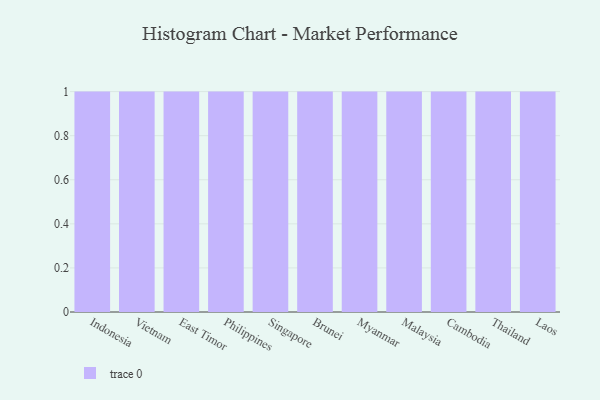
{"axis": {"x": "Country", "y": "LTV (USD)"}, "legend": [""], "data": [{"x": "Indonesia", "y": 54, "type": ""}, {"x": "Vietnam", "y": 59, "type": ""}, {"x": "East Timor", "y": 70, "type": ""}, {"x": "Philippines", "y": 52, "type": ""}, {"x": "Singapore", "y": 67, "type": ""}, {"x": "Brunei", "y": 88, "type": ""}, {"x": "Myanmar", "y": 67, "type": ""}, {"x": "Malaysia", "y": 52, "type": ""}, {"x": "Cambodia", "y": 43, "type": ""}, {"x": "Thailand", "y": 46, "type": ""}, {"x": "Laos", "y": 52, "type": ""}]}